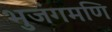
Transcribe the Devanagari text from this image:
भुजंगमणि